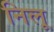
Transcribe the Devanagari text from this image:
निलू